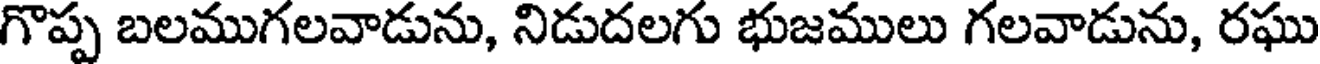
గొప్ప బలముగలవాడును, నిడుదలగు భుజములు గలవాడును, రఘు